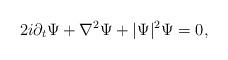
LaTeX: \begin{align*}2i\partial _t\Psi + \nabla^{2}\Psi + |\Psi|^{2}\Psi = 0,\end{align*}